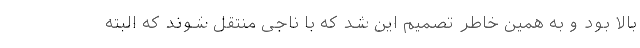
بالا بود و به همین خاطر تصمیم این شد که با ناجی منتقل شوند که البته